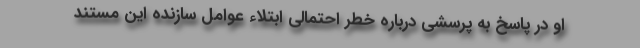
او در پاسخ به پرسشی درباره خطر احتمالی ابتلاء عوامل سازنده این مستند